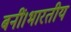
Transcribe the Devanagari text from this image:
बनीं।भारतीय